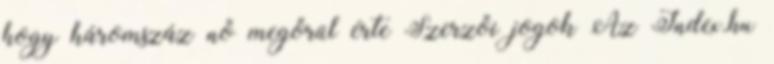
hogy háromszáz nő megőrül érte Szerzői jogok Az Index.hu